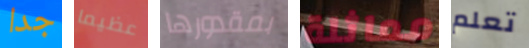
جدا عظيما بمقدورها مماثلة تعلم